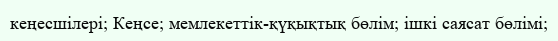
кеңесшілері; Кеңсе; мемлекеттік-қүқықтық бөлім; ішкі саясат бөлімі;